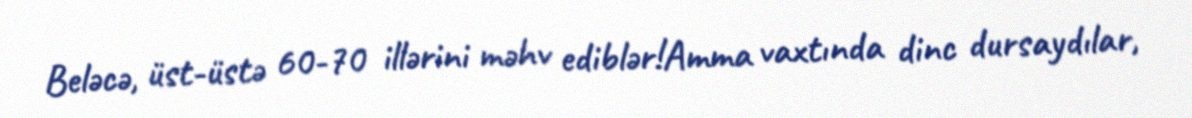
Beləcə, üst-üstə 60-70 illərini məhv ediblər!Amma vaxtında dinc dursaydılar,